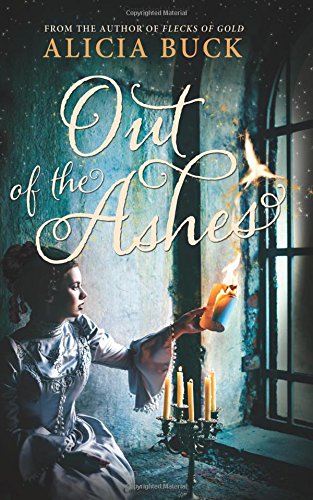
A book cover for Out of the Ashes; Alicia Buck; Teen & Young Adult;